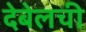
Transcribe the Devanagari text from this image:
देबेलची